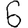
Digit: 6